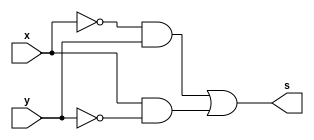
/*
 Guia_0401b.v
 810862 - Vitor Lucio de Oliveira
*/

module fxy (output s,
input x, y);
assign s = ~x & y | x & ~y;
endmodule // fxy

module SoP (output s,
input x, y);
// mintermos
assign s = ~x & y // 1
| x & ~y; // 2
endmodule // SoP


module PoS (output S,
input X, Y);
// MAXTERMOS
assign S = ( X | Y ) // 0
& ( X | ~Y ); // 3
endmodule // PoS


module fxyz (output s1,input x, y, z);
assign s1 = (~x|y) & ~z;
endmodule // fxyz

module Guia04;
    reg x, y, z;
    wire s1, s2, s3;
// instancias
    fxyz FXYZ1(s1, x, y, z);
    SoP SOP1 (s2, x, y);
    PoS POS1 (s3, x, y);


initial begin : inicial
x = 1'bx;y = 1'bx;z = 1'bx;
end

initial begin: main
// Identificar
$display("Vitor Lucio de Oliveira - 810862");
$display("Expressao:( x+y' )' . z'");
$display(" x  y  z | ( x+y' )' . z'");
$monitor("%2b %2b %2b | %2b", x, y, z, s1);

#1 x = 0; y = 0; z = 0;
#1 x = 0; y = 0; z = 1;
#1 x = 0; y = 1; z = 0;
#1 x = 0; y = 1; z = 1;
#1 x = 1; y = 0; z = 0;
#1 x = 1; y = 0; z = 1;
#1 x = 1; y = 1; z = 0;
#1 x = 1; y = 1; z = 1;

end
endmodule